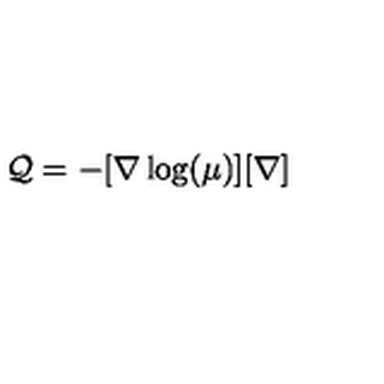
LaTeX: { \mathcal Q } = - [ { \bf \nabla } \log ( \mu ) ] [ { \bf \nabla } ]